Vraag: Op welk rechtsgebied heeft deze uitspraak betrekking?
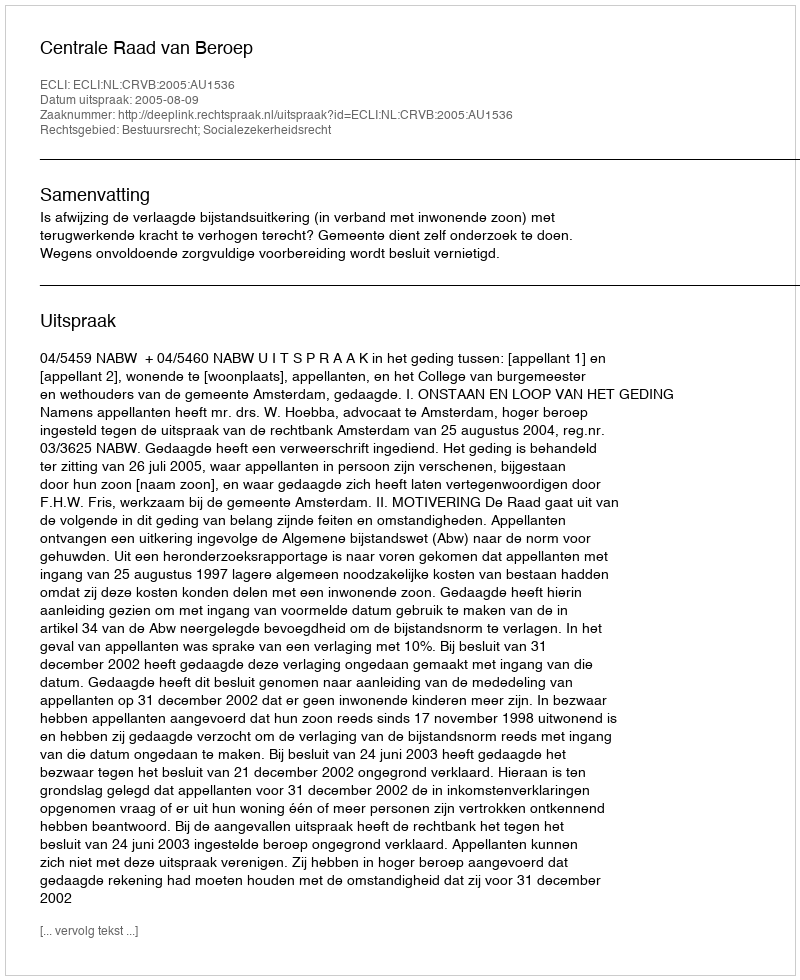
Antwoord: Bestuursrecht; Socialezekerheidsrecht